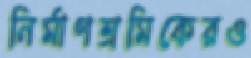
নির্মাণশ্রমিকেরও